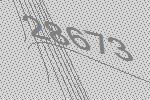
28673